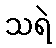
သရဲ